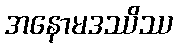
အနောမဒဿိဿ